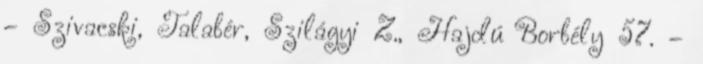
– Szivacski, Talabér, Szilágyi Z., Hajdú Borbély 57. –